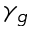
\gamma _ { g }